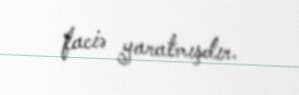
faciə yaratmışdır.